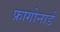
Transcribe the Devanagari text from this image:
फ्रागोनार्ड